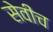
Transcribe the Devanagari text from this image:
सेवीच